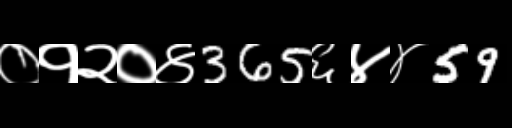
Text: ०१२०४365६४४59